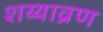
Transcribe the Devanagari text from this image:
शय्याव्रण